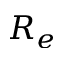
R _ { e }